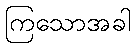
ကြသောအခါ